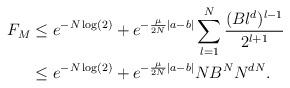
LaTeX: \begin{align*}F_M &\leq e^{-N\log(2)} + e^{-\frac{\mu}{2N}|a-b|} \sum_{l=1}^{N} \frac{(Bl^d)^{l-1}}{2^{l+1}} \\&\leq e^{-N \log(2)} + e^{-\frac{\mu}{2N}|a-b|} N B^N N^{dN}.\end{align*}